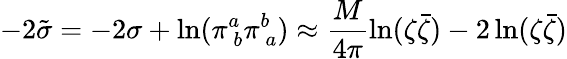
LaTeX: -2\tilde{\sigma}=-2\sigma+\ln(\pi_{~b}^{a}\pi_{~a}^{b})\approx\frac{M}{4\pi}\ln(\zeta\bar{\zeta})-2\ln(\zeta\bar{\zeta})